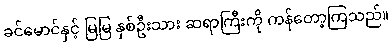
ခင်မောင်နှင့် မြမြ နှစ်ဦးသား ဆရာကြီးကို ကန်တော့ကြသည်။